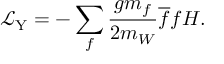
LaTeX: { \mathcal { L } } _ { \mathrm { Y } } = - \sum _ { f } { \frac { g m _ { f } } { 2 m _ { W } } } { \overline { { f } } } f H .